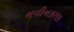
નવીનકરણ